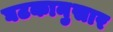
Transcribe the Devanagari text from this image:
घटकानुसार